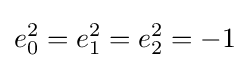
e_{0}^{2}=e_{1}^{2}=e_{2}^{2}=-1